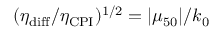
( \eta _ { \mathrm { d i f f } } / \eta _ { \mathrm { C P I } } ) ^ { 1 / 2 } = | \mu _ { 5 0 } | / k _ { 0 }